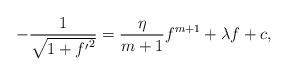
LaTeX: \begin{align*}-\frac{1}{\sqrt{1+{f'}^2}}=\frac{\eta}{m+1}f^{m+1}+\lambda f+c,\end{align*}